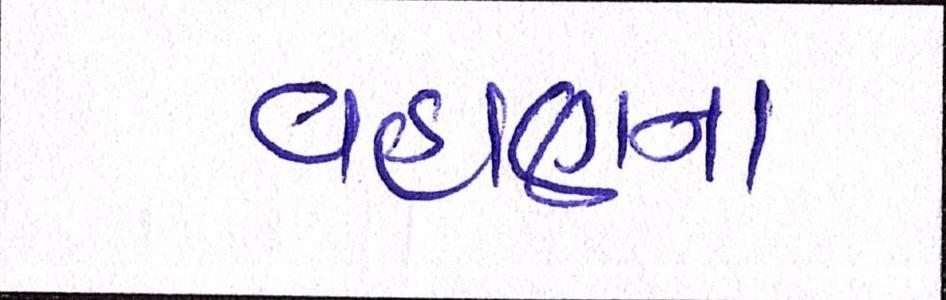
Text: વહાણના